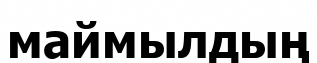
маймылдың